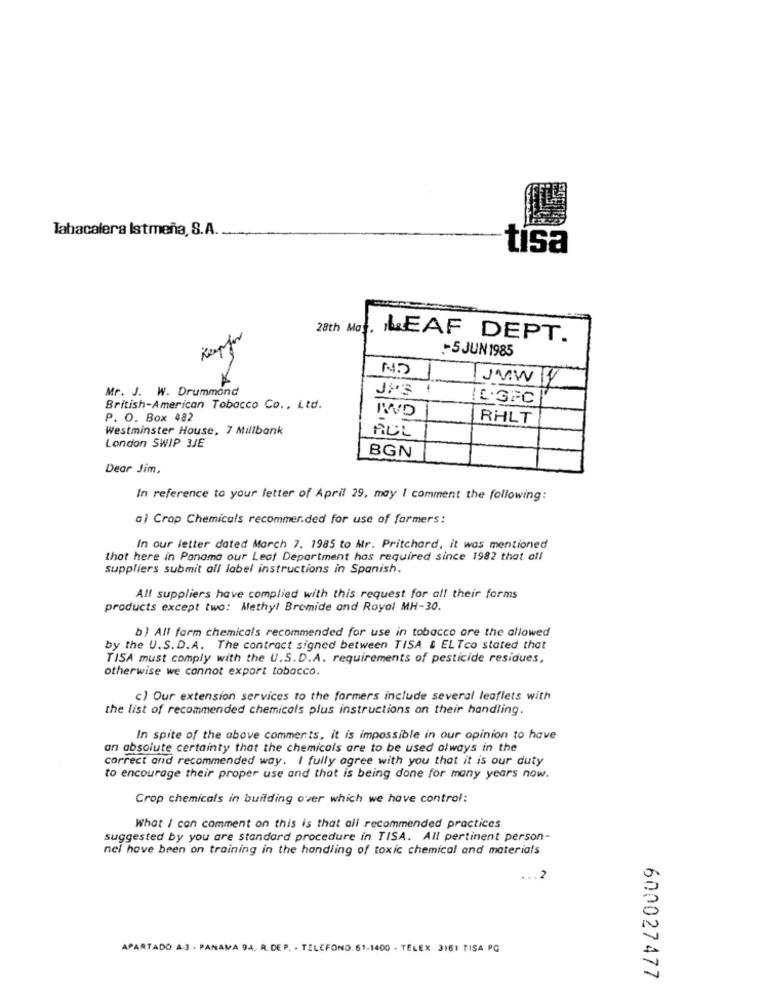
Tabacalera Istmeña, S.A.
tísa
28th Ma
Keepfor
LEAF DEPT.
-5 JUN 1985
JVW
Mr. J. W. Drummond
JPS !
L .GFC
British-American Tobacco Co ., Ltd.
IWD
P. O. Box 482
RHLT
Westminster House, 7 Millbank
London SWIP 3JE
ALL
BGN
Dear Jim,
In reference to your letter of April 29, may | comment the following:
a) Crop Chemicals recommended for use of farmers:
In our letter dated March 7, 1985 to Mr. Pritchard, it was mentioned
that here in Panama our Leat Department has required since 1982 that all
suppliers submit all label instructions in Spanish.
All suppliers have complied with this request for all their forms
products except two: Methyl Bromide and Royal MH-30.
b) All farm chemicals recommended for use in tobacco are the allowed
by the U.S. D.A. The contract signed between TISA & ELTco stated that
TISA must comply with the U.S.D.A. requirements of pesticide residues,
otherwise we cannot export tobacco.
c) Our extension services to the formers include several leaflets with
the list of recommended chemicals plus instructions on their handling.
In spite of the above comments, it is impossible in our opinion to have
an absolute certainty that the chemicals are to be used always in the
correct and recommended way. I fully agree with you that it is our duty
to encourage their proper use and that is being done for many years now.
Crop chemicals in building over which we have control:
What I can comment on this is that all recommended practices
suggested by you are standard procedure in TISA. All pertinent person-
nel have been on training in the handling of toxic chemical and materials
.2
APARTADO A.J . PANAMA 9A. R. DE P. - TELEFONO 61-1400 - TELEX 3161 TISA PG
600027477